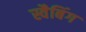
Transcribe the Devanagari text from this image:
स्वैबिंग